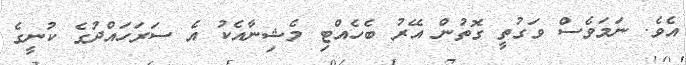
އެވެ. ނަމަވެސް ވަގުތީ ގޮތުން އޭރު ބެހެއްޓި މެޝިނާއެކު އެ ސަރަހައްދުގެ ކުނީގެ